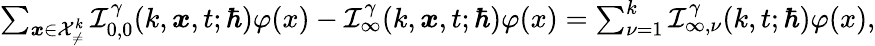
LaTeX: \begin{array}{r}{\sum_{\boldsymbol{x}\in\mathcal{X}_{\neq}^{k}}\mathcal{I}_{0,0}^{\gamma}(k,\boldsymbol{x},t;\hbar)\varphi(x)-\mathcal{I}_{\infty}^{\gamma}(k,\boldsymbol{x},t;\hbar)\varphi(x)=\sum_{\nu=1}^{k}\mathcal{I}_{\infty,\nu}^{\gamma}(k,t;\hbar)\varphi(x),}\end{array}